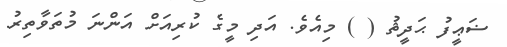
ޟަޢީފު ޙަދީޘު ( ) މިއެވެ. އަދި މީގެ ކުރިއަށް އަންނަ މުތަވާތިރު